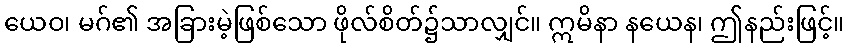
ယေဝ၊ မဂ်၏ အခြားမဲ့ဖြစ်သော ဖိုလ်စိတ်၌သာလျှင်။ ဣမိနာ နယေန၊ ဤနည်းဖြင့်။